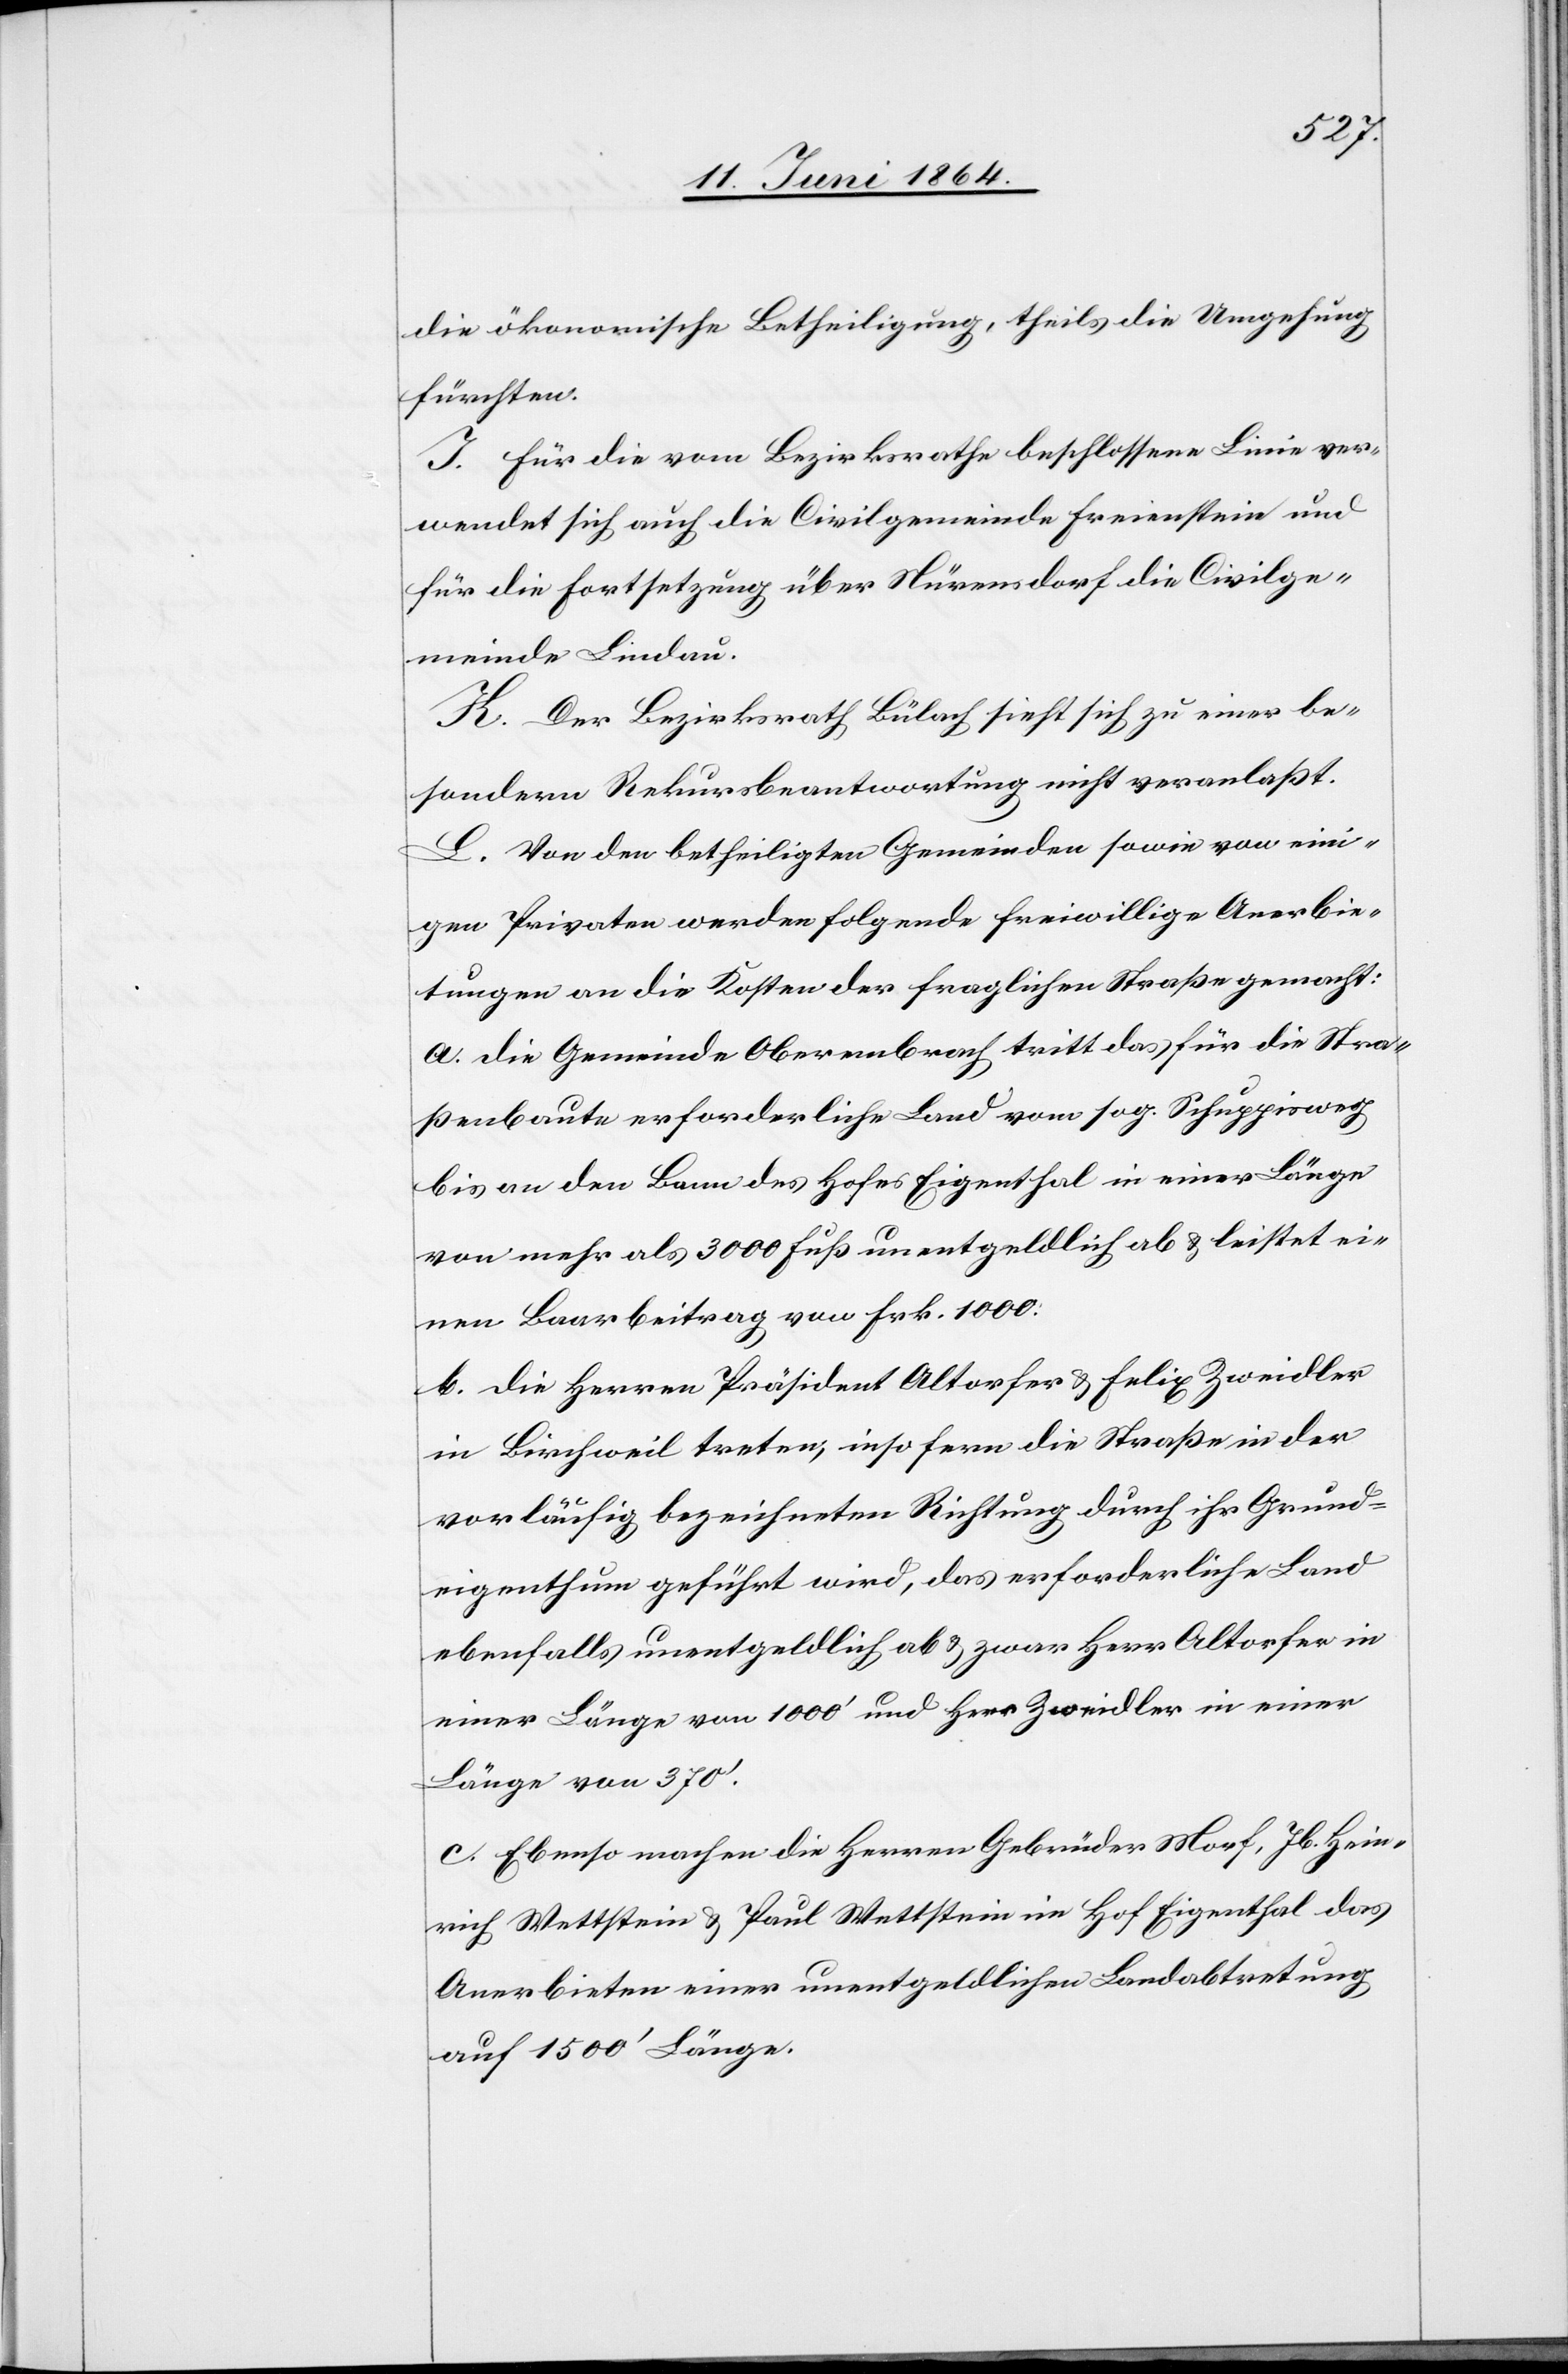
die ökonomische Betheiligung, theils die Umgehung
fürchten.
I. Für die vom Bezirksrathe beschlossene Linie ver¬
wendet sich auch die Civilgemeinde Freienstein und
für die Fortsetzung über Nürensdorf die Civilge¬
meinde Lindau.
K. Der Bezirksrath Bülach sieht sich zu einer be¬
sondern Rekursbeantwortung nicht veranlaßt.
L. Von den betheiligten Gemeinden sowie von eini¬
gen Privaten werden folgende freiwillige Anerbie¬
tungen an die Kosten der fraglichen Straße gemacht:
a. Die Gemeinde Oberembrach tritt das für die Stra¬
ßenbaute erforderliche Land vom sog. Schuppisweg
bis an den Bann des Hofes Eigenthal in einer Länge
von mehr als 3000 Fuß unentgeldlich ab u. leistet ei¬
nen Baarbeitrag von Frk. 1000:
b. Die Herren Präsident Altorfer u. Felix Zweidler
in Birchweil treten, insofern die Straße in der
vorläufig bezeichneten Richtung durch ihr Grund¬
eigenthum geführt wird, das erforderliche Land
ebenfalls unentgeldlich ab u. zwar Herr Altdorfer in
einer Länge von 1000’ und Herr Zweidler in einer
Länge von 370’.
c. Ebenso machen die Herren Gebrüder Morf, Jb. Hein¬
rich Wettstein u. Paul Wettstein im Hof Eigenthal das
Anerbieten einer unentgeldlichen Landabtretung
auf 1500’ Länge.